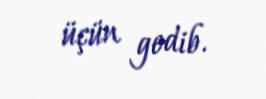
üçün gedib.